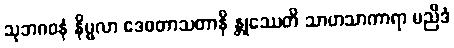
သုဘဂဝနံ နိမ္မလာ ဒေဝတာသတာနိ န္တုဿေတိ သာဟသာကာရာ မညိဒံ